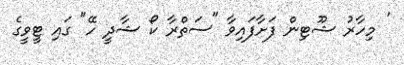
' މިހާރު ޝޫޓިން ފަށާފައިވާ "ސަތްރާ ކޯ ޝާދީ ހޭ" ގައި ޓީވީގެ